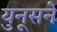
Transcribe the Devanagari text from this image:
युनूसने